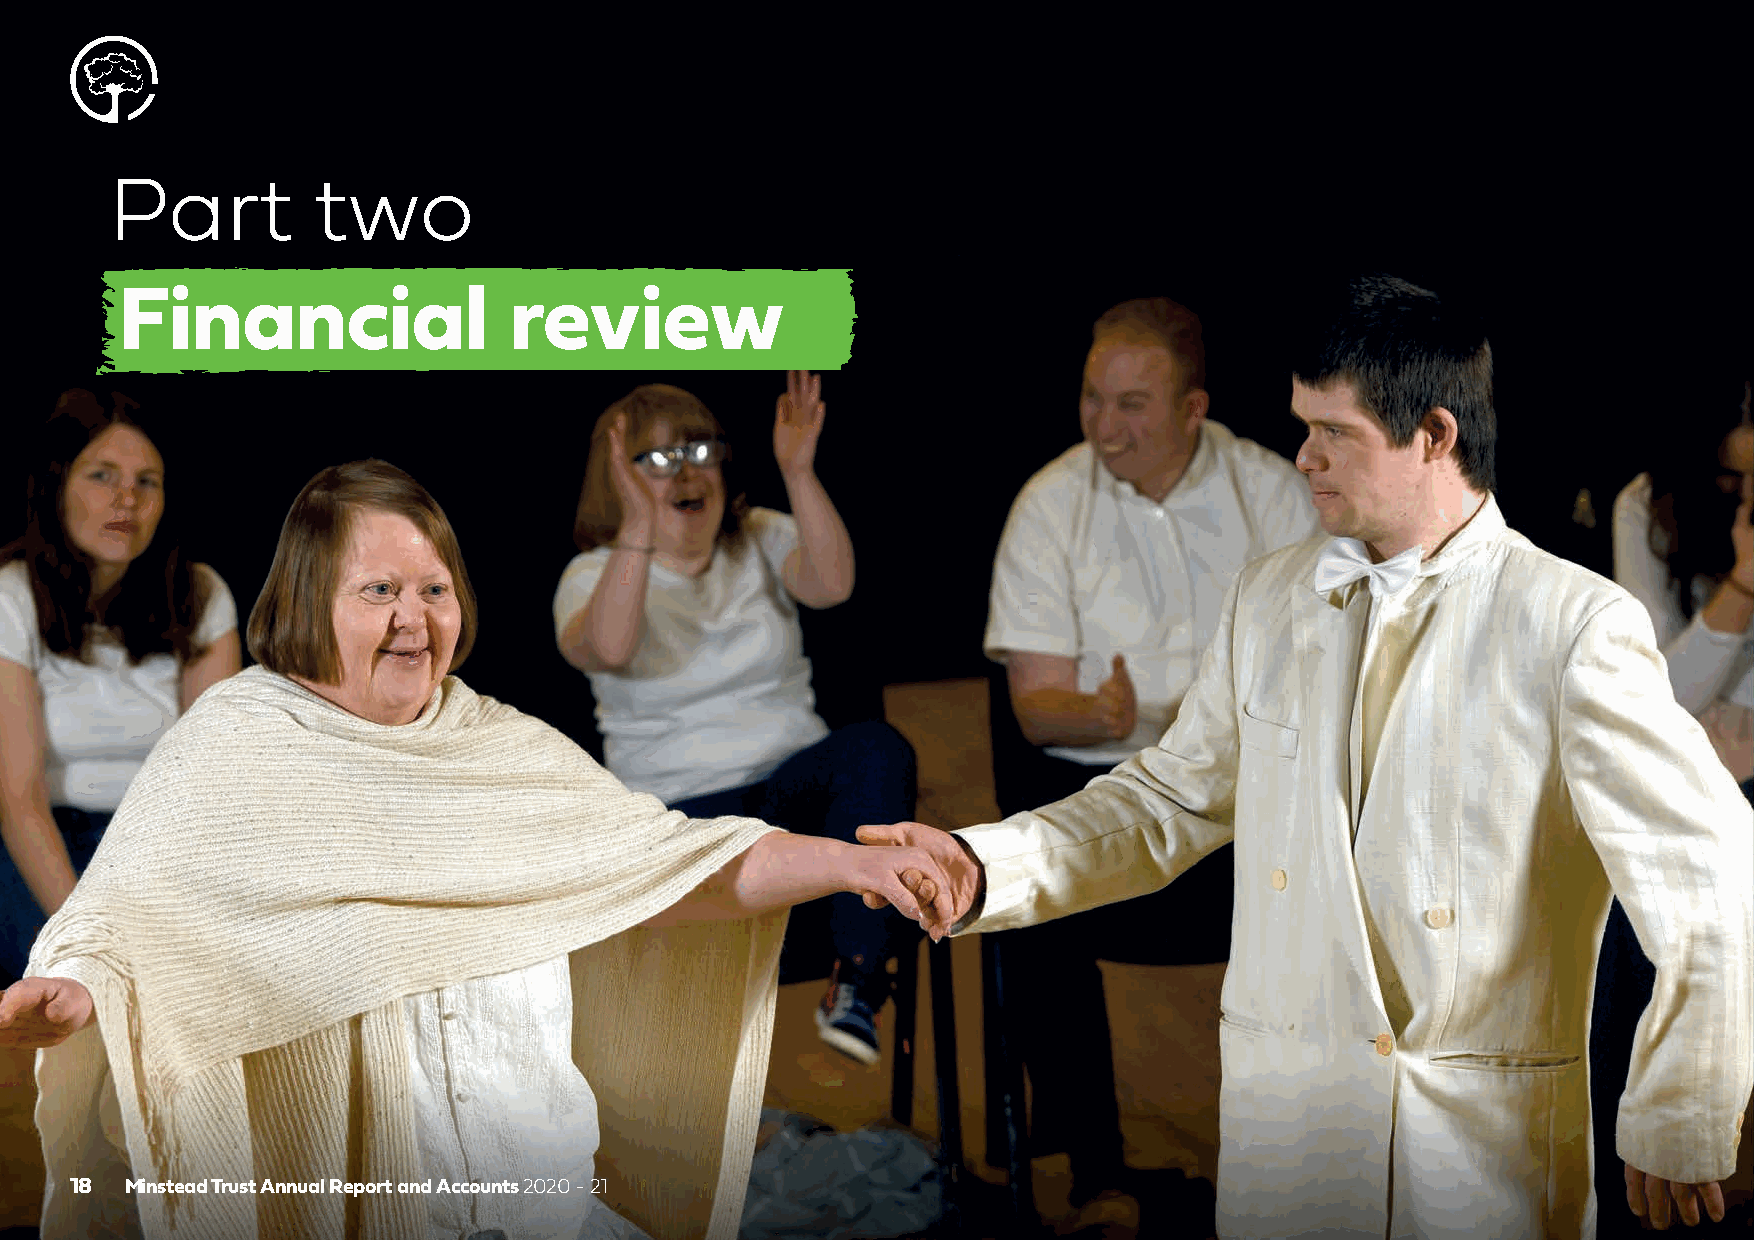
Part          two
 Financial                 review
 18 Minstead Trust Annual Report and Accounts 2020 - 21